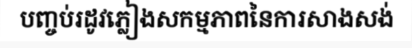
បញ្ចប់រដូវភ្លៀងសកម្មភាពនៃការសាងសង់